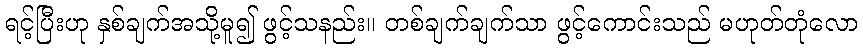
ရင့်ပြီးဟု နှစ်ချက်အသို့မူ၍ ဖွင့်သနည်း။ တစ်ချက်ချက်သာ ဖွင့်ကောင်းသည် မဟုတ်တုံလော